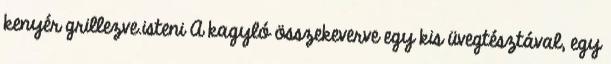
kenyér grillezve.isteni A kagyló összekeverve egy kis üvegtésztával, egy